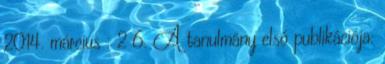
2014. március : 2 6. A tanulmány első publikációja: